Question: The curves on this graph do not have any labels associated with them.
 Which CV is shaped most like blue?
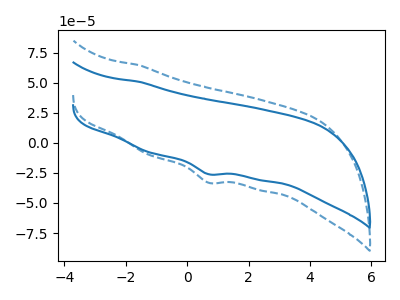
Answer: <think>The blue curve "blue" has a cathodic peak at: (0.70V, -26.05uA). The blue dashed curve "blue dashed" has a cathodic peak at: (0.70V, -33.10uA).
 All the peaks in "blue" have a peak in "blue dashed" at the same potential. Every peak in "blue" is lower than every peak in "blue dashed".</think>
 <answer>The CV with the most similar shape to "blue dashed" is "blue".</answer>
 <eval>"blue"</eval>